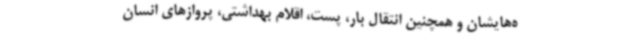
ه‌هایشان و همچنین انتقال بار، پست، اقلام بهداشتی، پروازهای انسان‌